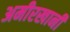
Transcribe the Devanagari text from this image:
अमीरखानी